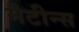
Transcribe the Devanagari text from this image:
मैटीन्स